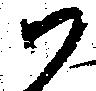
尉